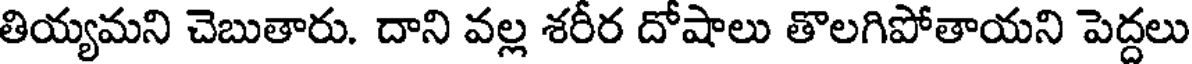
తియ్యమని చెబుతారు. దాని వల్ల శరీర దోషాలు తొలగిపోతాయని పెద్దలు